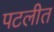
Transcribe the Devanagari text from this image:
पटलीत